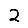
Digit: 2